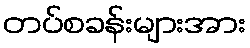
တပ်စခန်းများအား